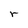
Character: r